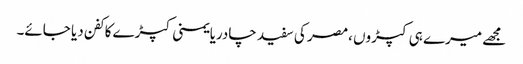
مجھے میرے ہی کپڑوں ،مصر کی سفید چادریایمنی کپڑے کا کفن دیا جائے۔